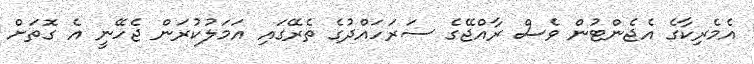
އެމެރިކާގެ އެޖެންޓުން ވެސް ރާއްޖޭގެ ސަރަހައްދުގެ ތެރޭގައި އަމަލުކުރަން ޖެހޭނީ އެ ގޮތަށް